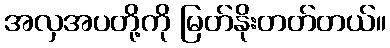
အလှအပတို့ကို မြတ်နိုးတတ်တယ်။